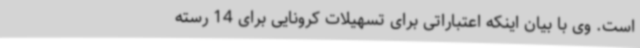
است. وی با بیان اینکه اعتباراتی برای تسهیلات کرونایی برای 14 رسته